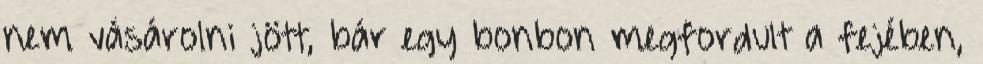
nem vásárolni jött, bár egy bonbon megfordult a fejében,